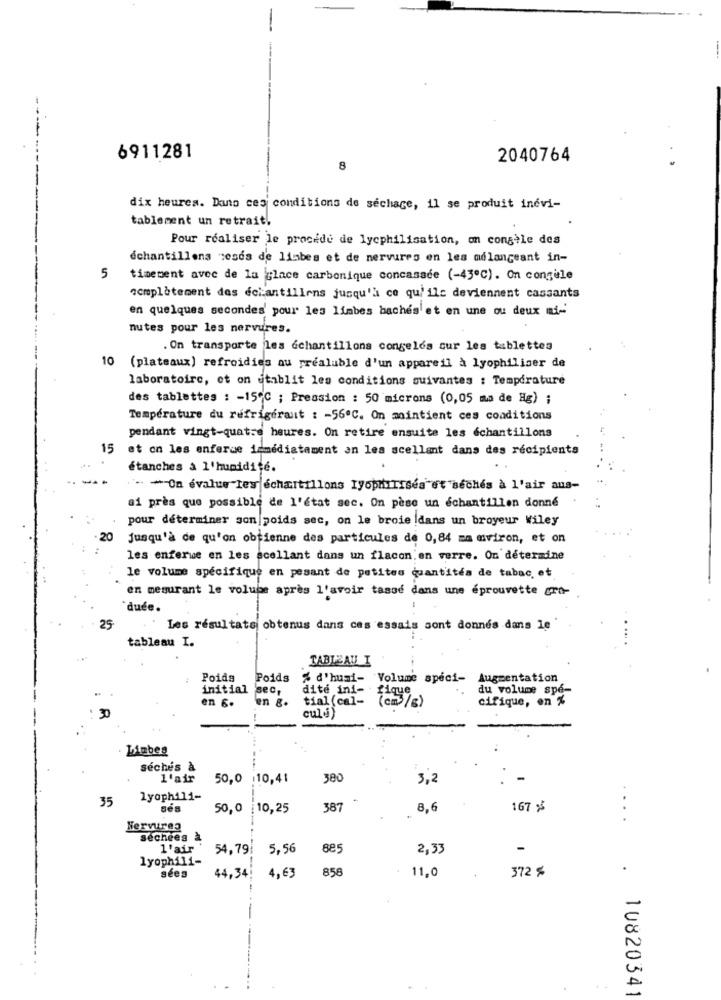
--
6911281
2040764
8
dix heures. Dans ces conditions de séchage, il se produit inévi-
tablement un retrait.
Pour réaliser le procede de lycphilisation, on congèle des
échantillons ceses de limbes et de nervures en les mélangeant in-
5
timement avec de la glace carbonique concasade (-43º℃). On congele
complètement des échantillons jusqu'à ce qu'ils deviennent cassants
en quelques secondes' pour les limbes baches'et en une ou deux mi-
nutes pour les nervures.
On transporte les échantillons congelés sur les tablettes
10 (plateaux) refroidies au préalable d'un appareil à lyophiliser de
laboratoire, et on etablit les conditions suivantes : Température
des tablettes : - 15ºC ; Pression : 50 microns (0,05 mm de Eg) ;
Température du refrigerant : - 56ºC. On maintient ces conditions
pendant vingt-quatre heures. On retire ensuite les échantillons
15
et on les enferue immédiatement an les scellant dans des recipients
étanches a l'humidité.
- * On évalue les échantillons lyophilIses"et seches a l'air aus-
ai près que possible de l'état sec. On pèse un échantillon donné
pour déterminer son poids sec, on le broie dans un broyeur Wiley
20
Jusqu'à ce qu'on obtienne des particules de 0,84 ma mviron, et on
les enferwe en les acellant dans un flacon.en verre. On détermine
le volume spécifique en pesant de petites quantitéa de tabac, et
en mesurant le volume après l'avoir tasse dans une éprouvette gra-
duce.
25
Les résultats obtenus dans ces essais sont donnés dans le
tableau I.
TABLEAU I
Poids
Poids
% d'humi- Volume speci- Augmentation
initial
sec,
dite ini- fique
du volume spé-
en 6.
en &.
tial (cal-
(cm3 / 8 )
cifique, en %
30
culS)
Liebes
séchés à
l'air
50,0 :10,41
300
3,2
35
lyophil1-
50,0
10,25
387
8,6
167 %
....
Nervures
séchées à
l'air
54,79|
5.56
885
2,33
-
lyophil1-
858
11.0
372 $
sees
44,34!
4,63
.
10820341